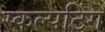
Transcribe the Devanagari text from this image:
स्कल्पटिंग